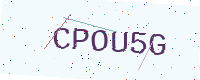
Text: CPOU5G